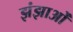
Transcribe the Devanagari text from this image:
झंझाओं